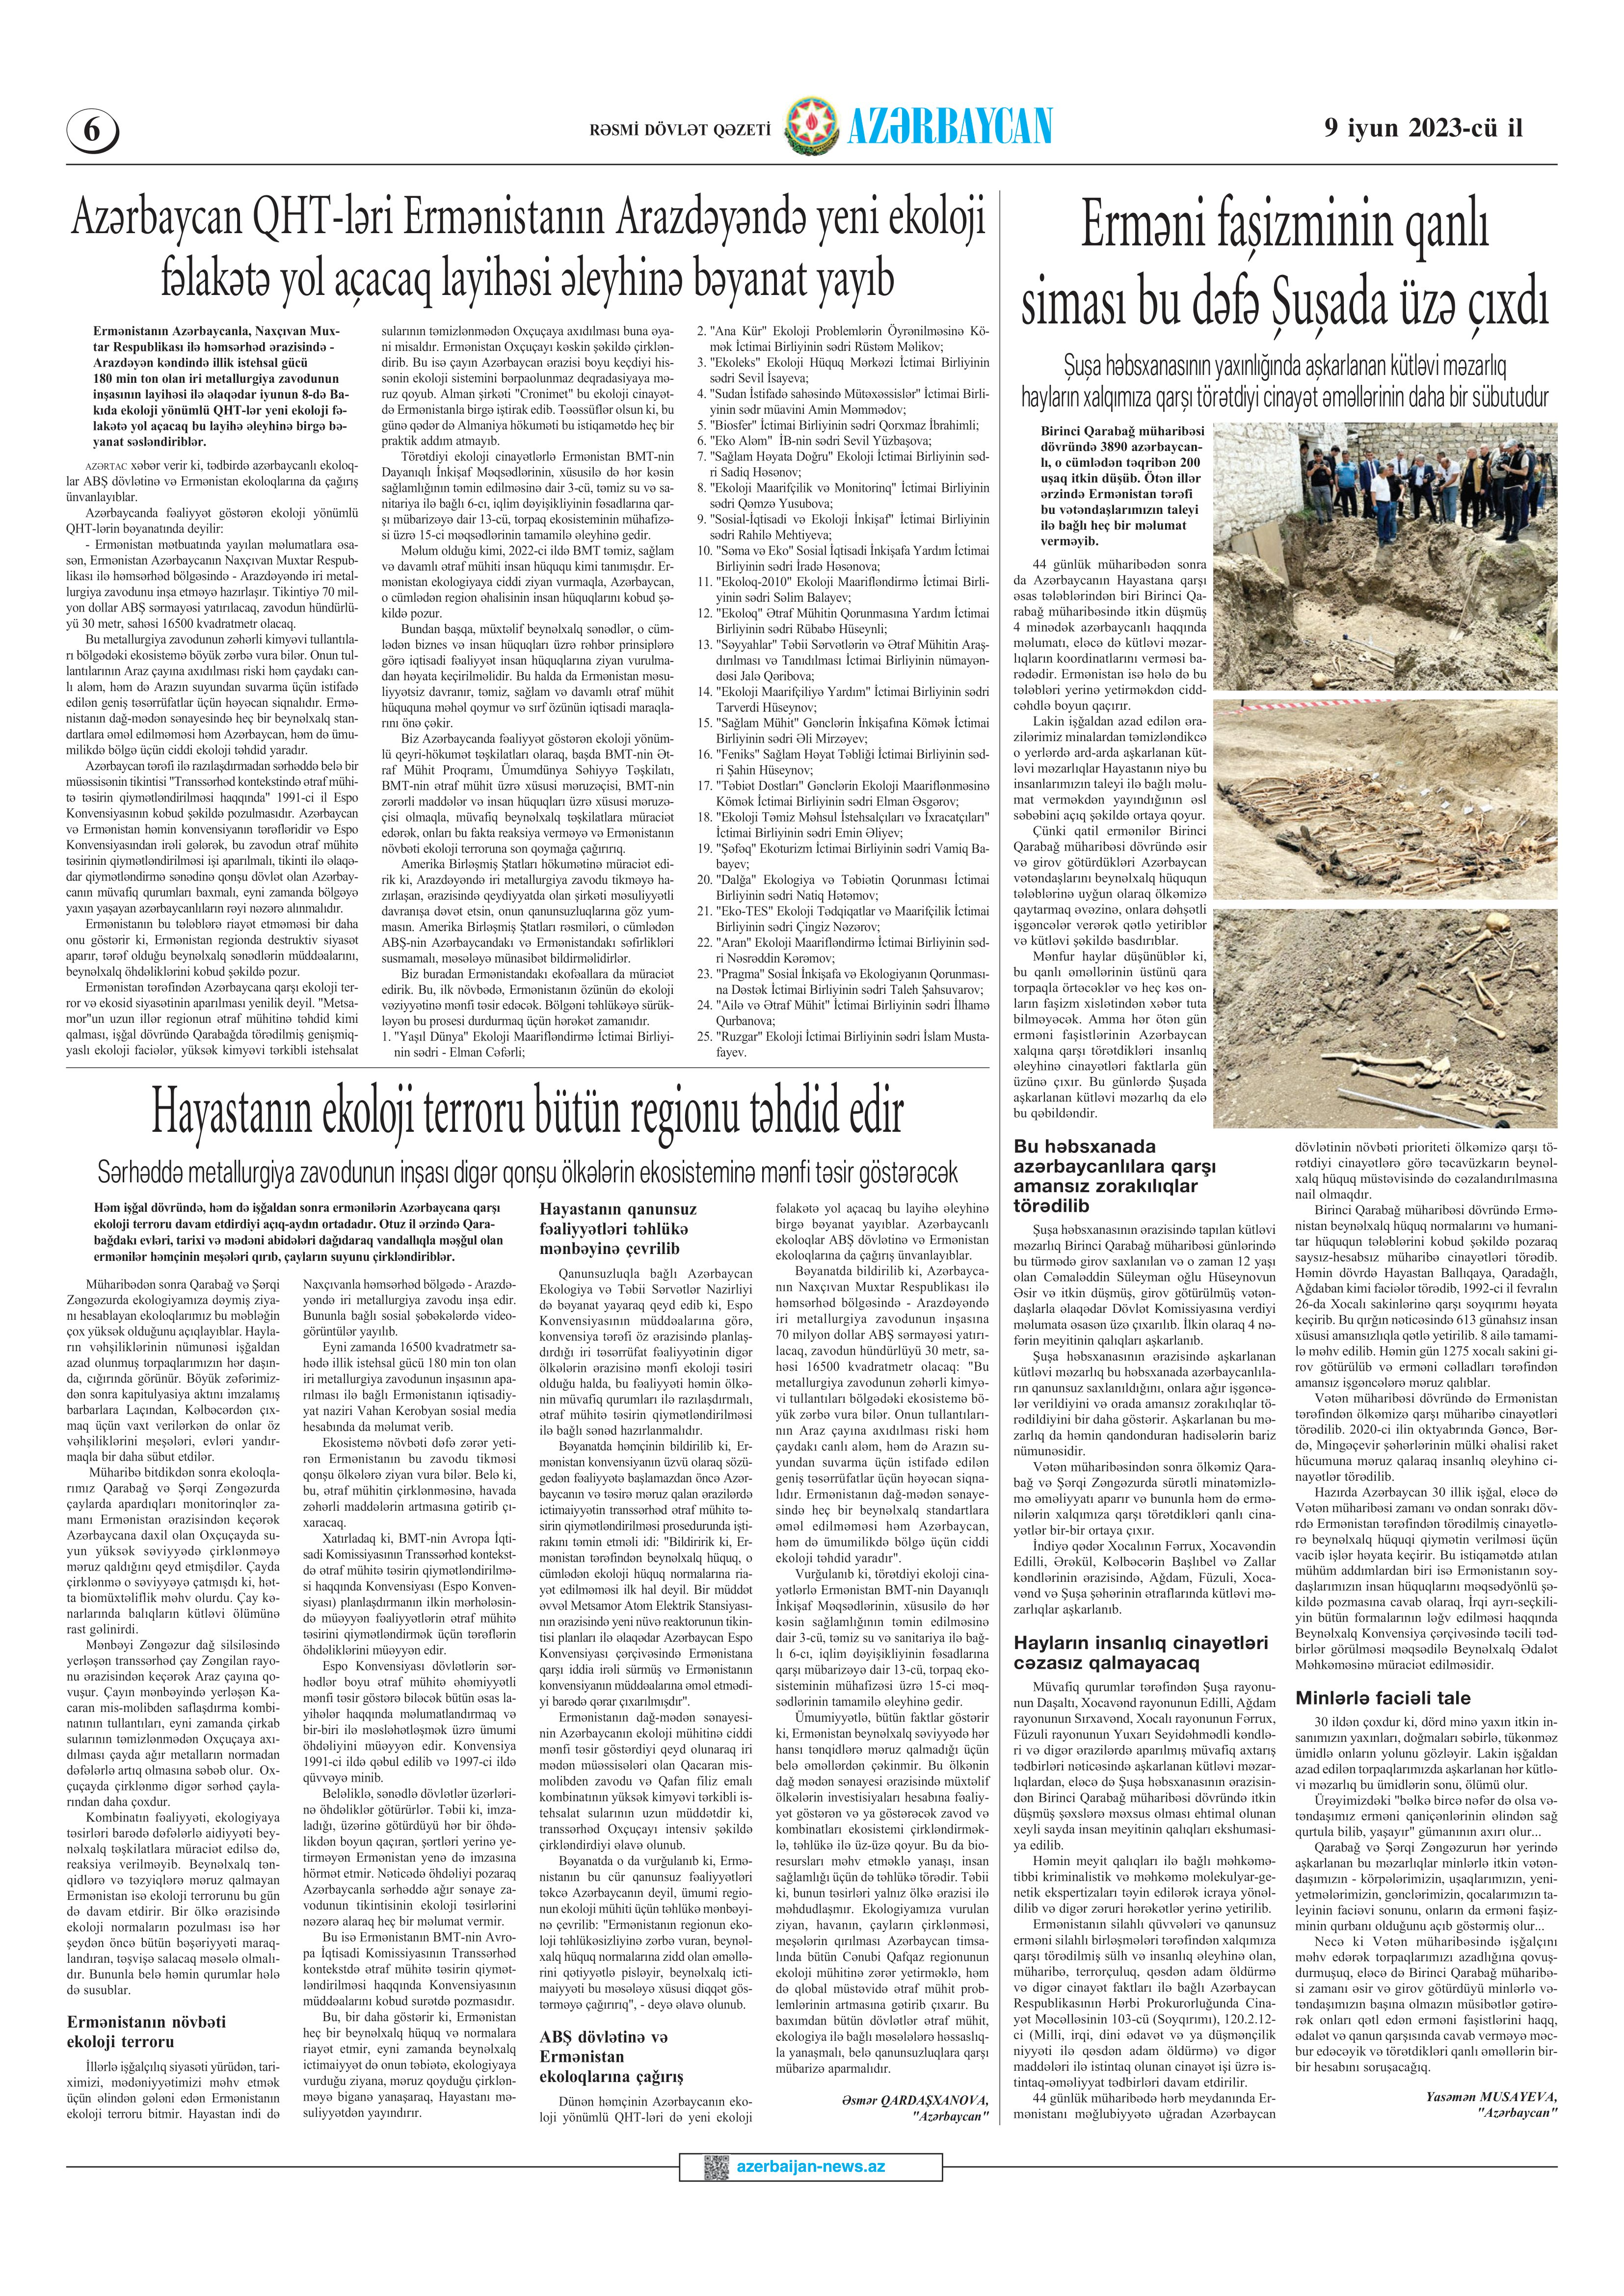
Language: az